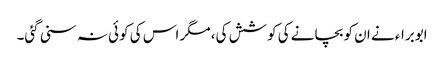
ابوبراء نے ان کو بچانے کی کوشش کی، مگر اس کی کوئی نہ سنی گئی۔